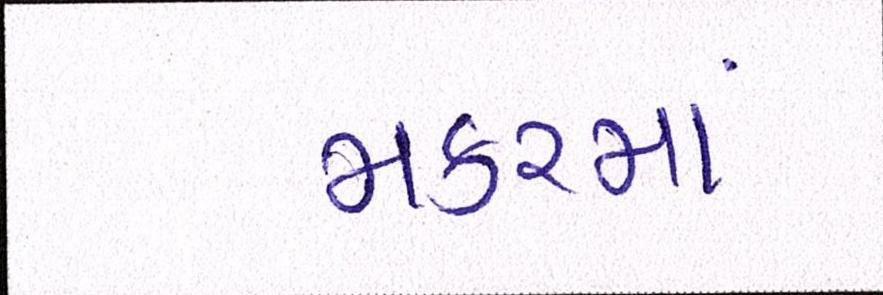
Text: મકરમાં